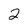
Character: 2